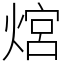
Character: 熍